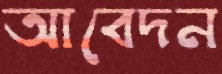
আবেদন